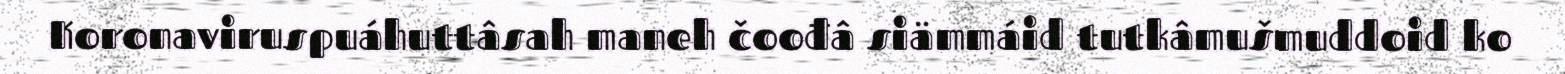
Koronaviruspuáhuttâsah maneh čoođâ siämmáid tutkâmušmuddoid ko